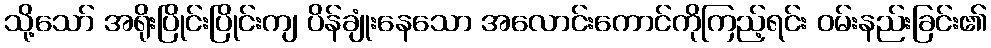
သို့သော် အရိုးပြိုင်းပြိုင်းကျ ပိန်ချုံးနေသော အလောင်းကောင်ကိုကြည့်ရင်း ဝမ်းနည်းခြင်း၏